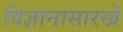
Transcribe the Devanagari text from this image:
विज्ञानासारखे